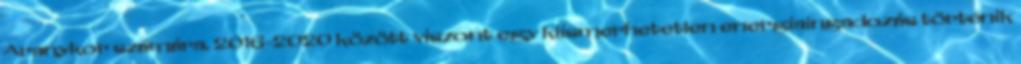
Aranykor számára. 2016-2020 között viszont egy kiismerhetetlen energiaingadozás történik